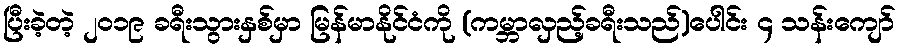
ပြီးခဲ့တဲ့ ၂၀၁၉ ခရီးသွားနှစ်မှာ မြန်မာနိုင်ငံကို (ကမ္ဘာလှည့်ခရီးသည်)ပေါင်း ၄ သန်းကျော်